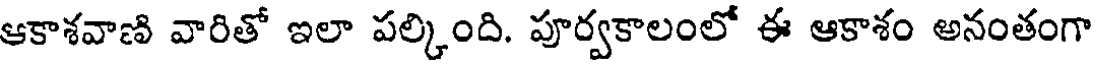
ఆకాశవాణి వారితో ఇలా పల్కింది. పూర్వకాలంలో ఈ ఆకాశం అనంతంగా